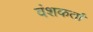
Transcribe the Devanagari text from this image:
वंशकर्ता